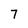
Character: 7